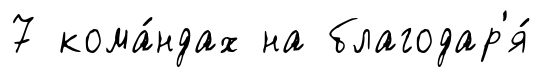
7 кома́ндах на благодар'я́